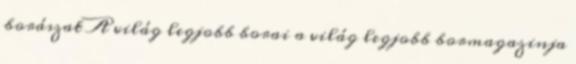
borászat A világ legjobb borai a világ legjobb bormagazinja